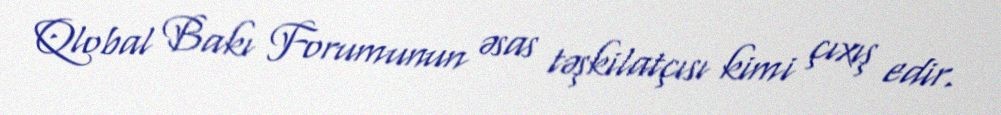
Qlobal Bakı Forumunun əsas təşkilatçısı kimi çıxış edir.